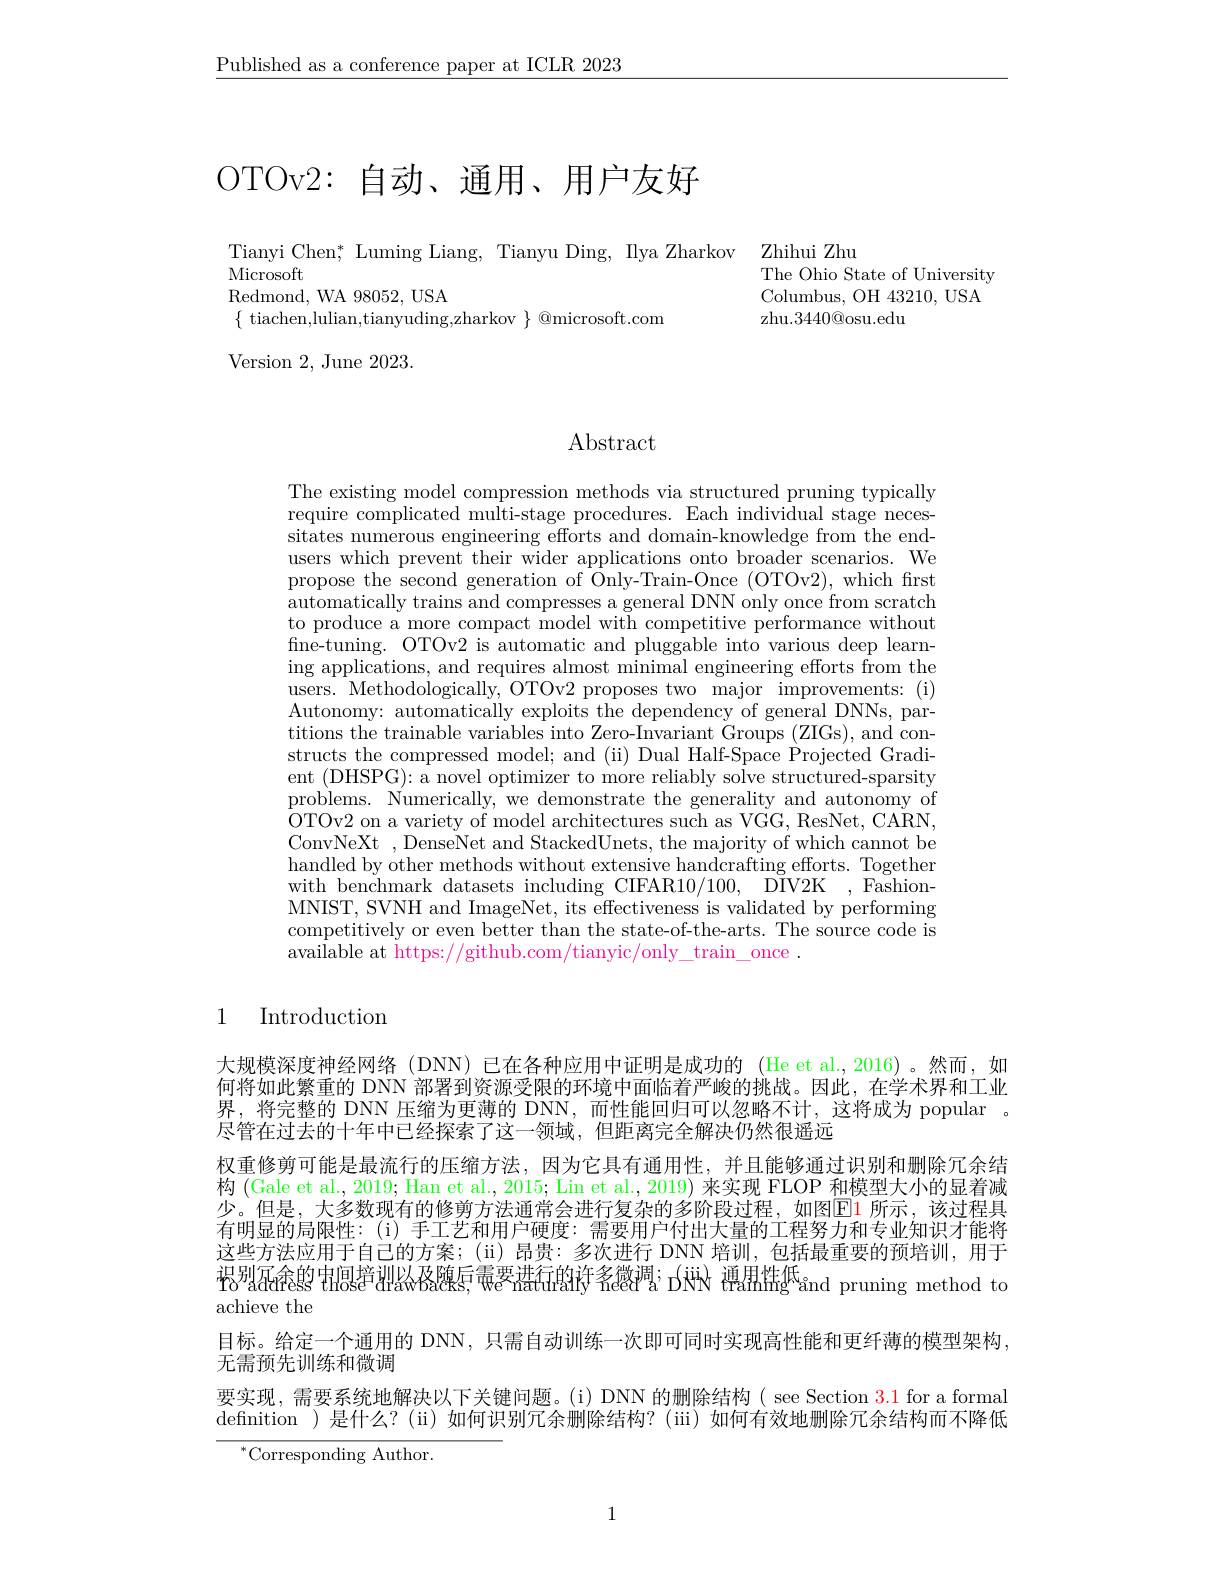
$\underline{\text{Published as a conference paper at ICLR 2023}}$

# OTOv2:自动、通用、用户友好

Microsoft
Redmond, WA 98052, USA
$\{$ tiachen,lulian,tianyuding,zharkov $\}$ @microsoft.com
Version 2, June 2023.

Tianyi Chen; Luming Liang, Tianyu Ding, Ilya Zharkov Zhihui Zhu
The Ohio State of University Columbus, OH 43210, USA zhu.3440@osu.edu

# Abstract

The existing model compression methods via structured pruning typically require complicated multi-stage procedures. Each individual stage neces- $\dot{\text{sitates numerous engineering efforts and domain-knowledge from the end-}}$ users which prevent their wider applications onto broader scenarios. We propose the second generation of Only-Train-Once (OTOv2), which first automatically trains and compresses a general DNN only once from scratch to produce a more compact model with competitive performance without fine-tuning. OTOv2 is automatic and pluggable into various deep learning applications, and requires almost minimal engineering efforts from the users. Methodologically, OTOv2 proposes two major improvements: (i) Autonomy: automatically exploits the dependency of general DNNs, partitions the trainable variables into Zero-Invariant Groups (ZIGs), and constructs the compressed model; and (ii) Dual Half-Space Projected Gradient (DHSPG): a novel optimizer to more reliably solve structured-sparsity problems. Numerically, we demonstrate the generality and autonomy of ${\mathrm{OTOv2~on~a~variety~of~}}^{\prime}$model architectures such as VGG, ResNet, CARN, ConvNeXt , DenseNet and StackedUnets, the majority of which cannot be handled by other methods without extensive handcrafting efforts. Together with benchmark datasets including CIFAR10/100, DIV2K , FashionMNIST, SVNH and ImageNet, its effectiveness is validated by performing competitively or even better than the state-of-the-arts. The source code is available at https://github.com/tianyic/only\_train\_once~.

## 1 Introduction

大规模深度神经网络(DNN)已在各种应用中证明是成功的 (He et al.,2016)。然而，如何将如此繁重的 DNN 部署到资源受限的环境中面临着严峻的挑战。因此，在学术界和工业界，将完整的 DNN 压缩为更薄的 DNN, 而性能回归可以忽略不计，这将成为 popular 。尽管在过去的十年中已经探索了这一领域，但距离完全解决仍然很遥远
权重修剪可能是最流行的压缩方法，因为它具有通用性，并且能够通过识别和删除冗余结构 (Gale et al., 2019; Han et al., 2015; Lin et al., 2019) 来实现 FLOP 和模型大小的显着减少。但是，大多数现有的修剪方法通常会进行复杂的多阶段过程，如图E1 所示，该过程具有明显的局限性：(i)手工艺和用户硬度：需要用户付出大量的工程努力和专业知识才能将这些方法应用于自己的方案；($\"{i}) 昂贵·多次进行 DNN 培训，包括最重要的预培训，用于$ $\ddot{\boldsymbol{r}}_{6}^{\text{别征念的中间书训以及随后},\text{需要进行的许多微调},\text{pruning method to}}$ achieve the
目标。给定一个通用的 DNN, 只需自动训练一次即可同时实现高性能和更纤薄的模型架构，
无需预先训练和微调
要实现，需要系统地解决以下关键问题。(i) DNN 的删除结构( see Section 3.1 for a formal defnition )是什么？(\"{u})如何识别冗余删除结构？(iii)如何有效地删除冗余结构而不降低

${}^{*}$Corresponding Author.

1